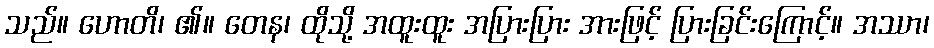
သည်။ ဟောတိ၊ ၏။ တေန၊ ထိုသို့ အထူးထူး အပြားပြား အားဖြင့် ပြားခြင်းကြောင့်။ အဿာ၊